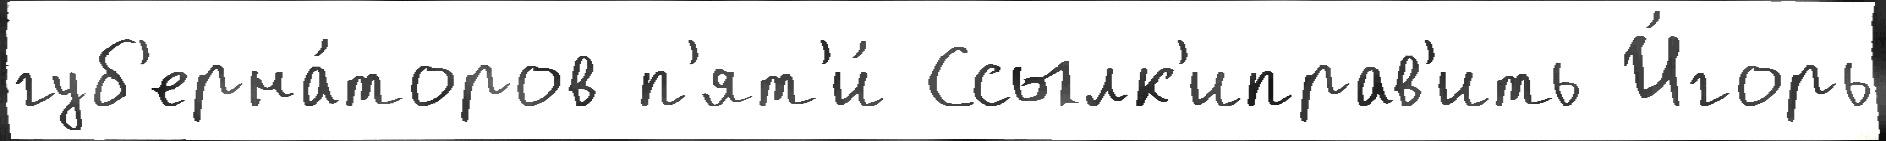
губ'ерна́торов п'ят'и́ Ссылк'иправ'ить И́горь